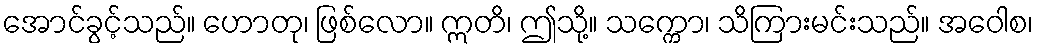
အောင်ခွင့်သည်။ ဟောတု၊ ဖြစ်လော။ ဣတိ၊ ဤသို့။ သက္ကော၊ သိကြားမင်းသည်။ အဝေါစ၊